Burma Government Medical School reports 1923-41
Year: 1923
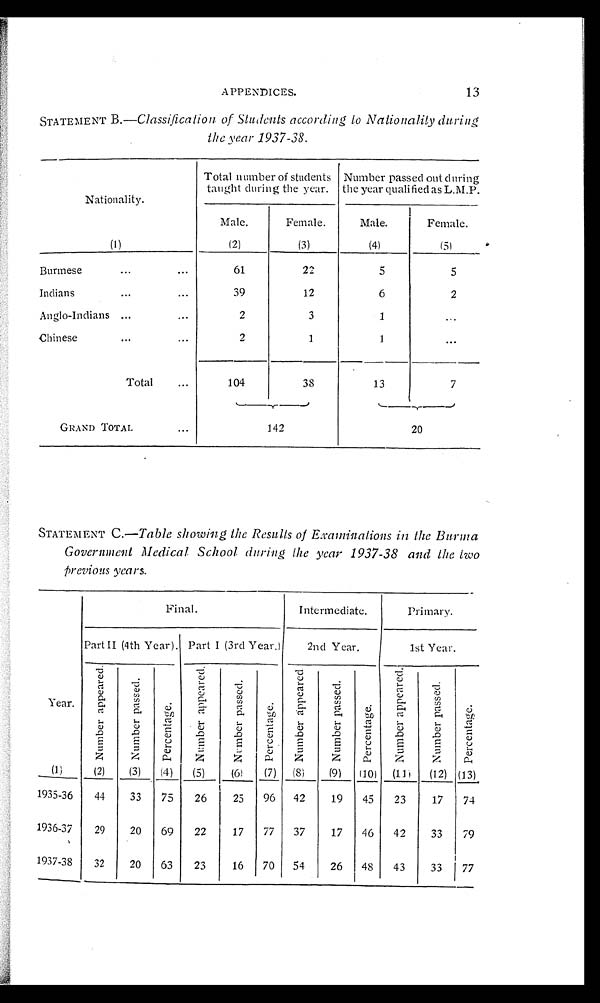
APPENDICES.
13
STATEMENT B.— Classification of Students according to Nationality during
the year 1937-38.
Nationality.
Total number of students
taught during the year.
Number passed out during
the year qualified as L.M.P.
Male.
Female.
Male.
Female.
(1)
(2)
(3)
( 4 )
(5)
Burmese
61
22
5
5
Indians
39
12
6
2
Anglo-Indians
2
3
1
Chinese
2
1
1
Total
104
38
13
7
GRAND TOTAL
142
20
STATEMENT C.— Table showing the Results of Examinations in the Burma
Government Medical School during the year 1937-38 and the two
Previous years.
Final.
Intermediate.
Primary.
Part II (4th Year). Part I (3rd Year.)
2nd Year.
1st Year.
Year.
N u m b e r a p p e a r e d .
N u m b e r p a s s e d .
P e r c e n t a g e .
N u m b e r a p p e a r e d .
N u m b e r p a s s e d .
P e r c e n t a g e .
N u m b e r a p p e a r e d .
N u m b e r p a s s e d .
P e r c e n t a g e .
N u m b e r a p p e a r e d .
N u m b e r p a s s e d .
P e r c e n t a g e .
(1)
(2)
(3)
( 4 ) (5)
( 6)
(7) (8)
(9) (10) (11) (12) (13)
1935-36
44
33
75
26
25 96 42
19 45
23
17
74
1936-37
29
20 69
22
17
77 37
17 46 42
33
79
1937-38
32
20 63
23
16 70 54
26 48
43
33
77